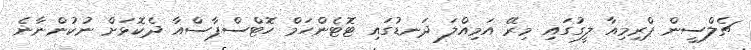
ޗެލްސީން ޕްރިމިއާ ލީގުގައި މިރޭ އަމިއްލަ ދަނޑުގައި ޓޮޓެންހަމް ހޮޓްސްޕާސްއާ ދެކޮޅަށް ނުކުންނާނެ